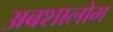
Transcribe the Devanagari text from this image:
अबशालोम